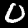
Label: 0